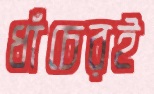
ধাঁচেরই